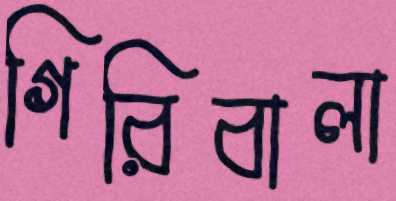
গিরিবালা